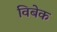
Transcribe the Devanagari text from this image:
विबेक